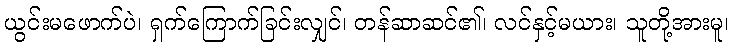
ယွင်းမဖောက်ပဲ၊ ရှက်ကြောက်ခြင်းလျှင်၊ တန်ဆာဆင်၏၊ လင်နှင့်မယား၊ သူတို့အားမူ၊